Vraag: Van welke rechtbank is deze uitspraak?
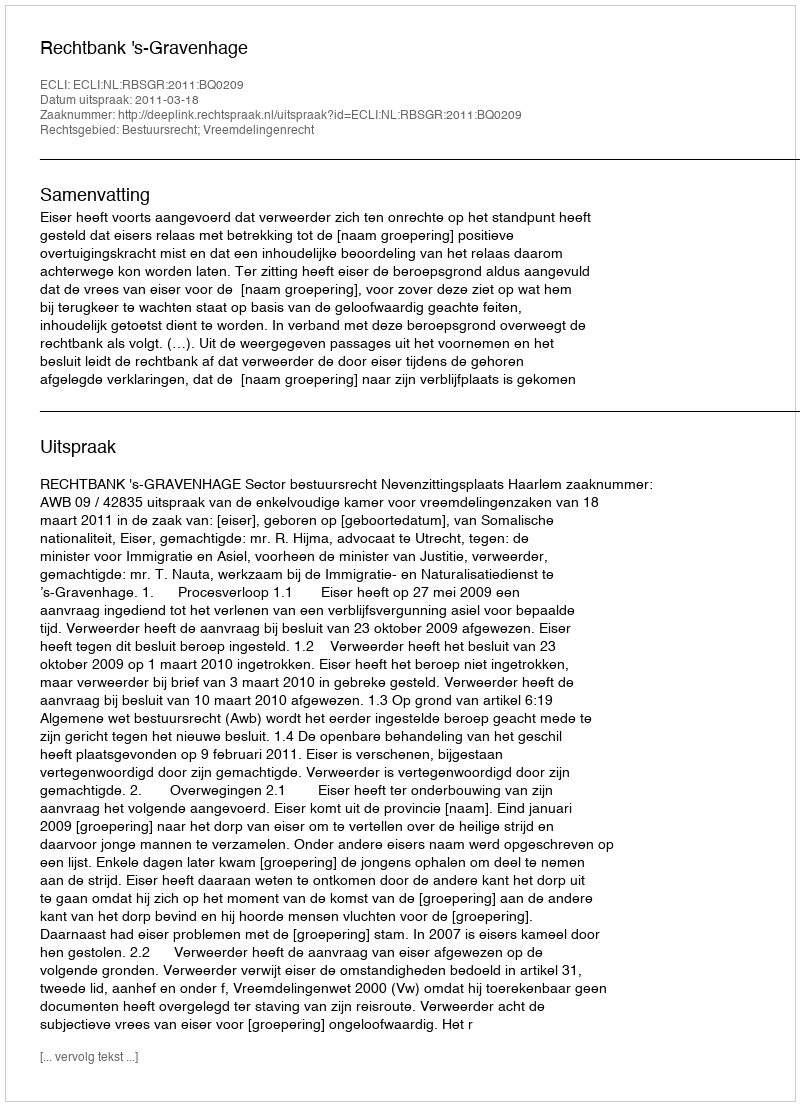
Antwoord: Rechtbank 's-Gravenhage